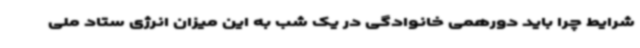
شرایط چرا باید دورهمی خانوادگی در یک شب به این میزان انرژی ستاد ملی